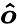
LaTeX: \boldsymbol{\hat{o}}